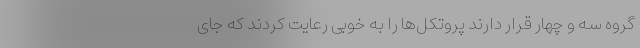
گروه سه و چهار قرار دارند پروتکل‌ها را به خوبی رعایت کردند که جای